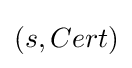
(s,Cert)